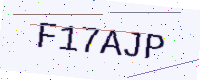
Text: F17AJP